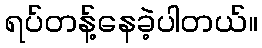
ရပ်တန့်နေခဲ့ပါတယ်။